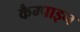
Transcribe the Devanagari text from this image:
कैम्पाइन